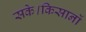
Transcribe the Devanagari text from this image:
सके।किसानों